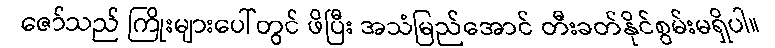
ဇော်သည် ကြိုးများပေါ်တွင် ဖိပြီး အသံမြည်အောင် တီးခတ်နိုင်စွမ်းမရှိပါ။